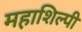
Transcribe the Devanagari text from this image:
महाशिल्पी